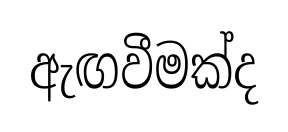
ඇඟවීමක්ද